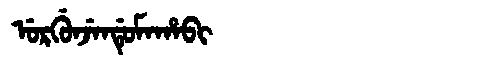
Manchu: ᡠᡵᡤᡠᠨᠵᡝᠨᡩᡠᠮᠠᡥᠠᠪᡳ
Romanization: URGUNJENDUMAHABI